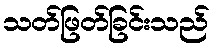
သတ်ဖြတ်ခြင်းသည်